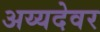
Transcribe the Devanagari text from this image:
अय्यदेवर